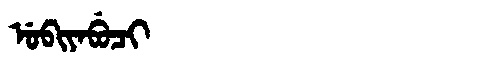
Manchu: ᡠᠪᡳᠶᠠᠪᡠᠴᡳ
Romanization: UBIYABUCI